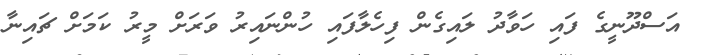
އަސްދޫނީގެ ފައި ހަވާދު ލައިގެން ފިހެލާފައި ހުންނައިރު ވަރަށް މީރު ކަމަށް ޗައިނާ